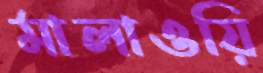
মালাওয়ি